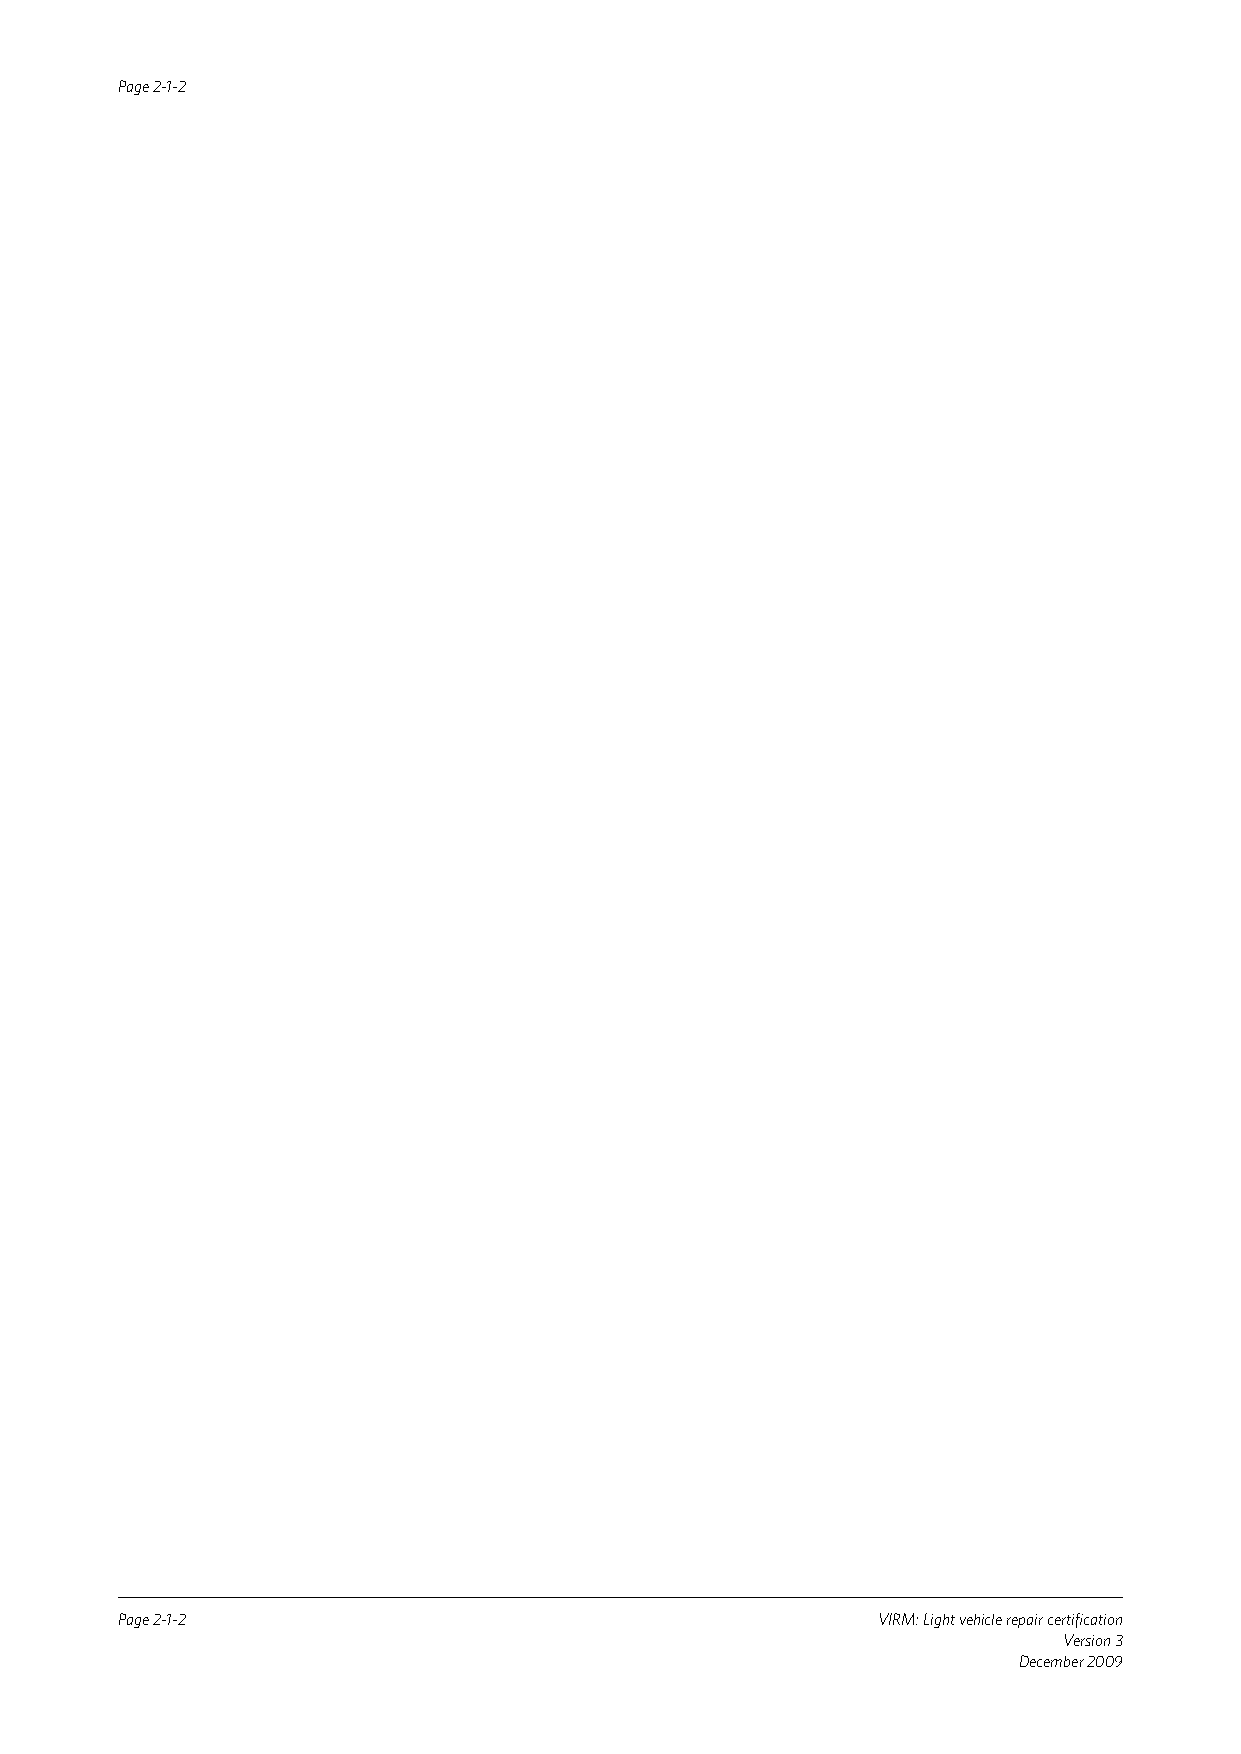
Page 2-1-2
 Page 2-1-2                                        VIRM: Light vehicle repair certification
 Version 3
 December 2009